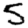
Digit: 5